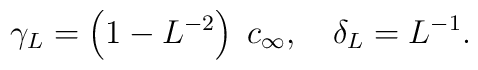
\gamma_{L}=\left(1-L^{-2}\right)\;c_{\infty},\quad\delta_{L}=L^{-1}.